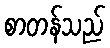
စာတန်သည်